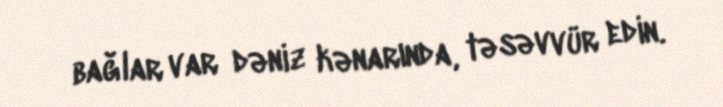
bağlar var dəniz kənarında, təsəvvür edin.